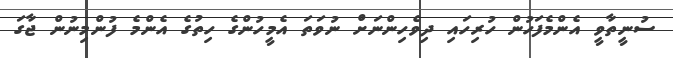
ސުނީތާވީ އެންމެފަހުން ހުރިހައި ދިވެހިންނަށް ނުވަތަ އެމީހުންގެ ހިތުގެ އެންމެ ފުންމިނުން ޖާގަ